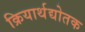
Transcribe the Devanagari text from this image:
क्रियार्थद्योतक